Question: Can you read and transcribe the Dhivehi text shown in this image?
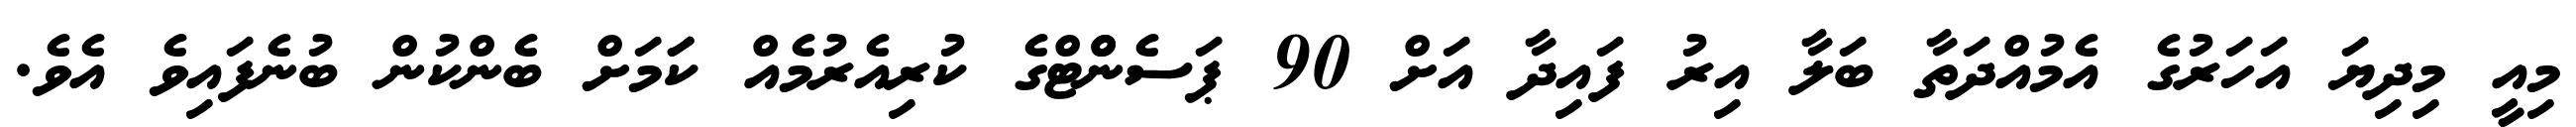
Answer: މިއީ މިދިޔަ އަހަރުގެ އެމުއްދަތާ ބަލާ އިރު ފައިދާ އަށް 90 ޕަސެންްޓްގެ ކުރިއެރުމެއް ކަަމަށް ބެންކުން ބުނެފައިވެ އެވެ.